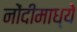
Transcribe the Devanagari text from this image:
नोंदींमाध्ये